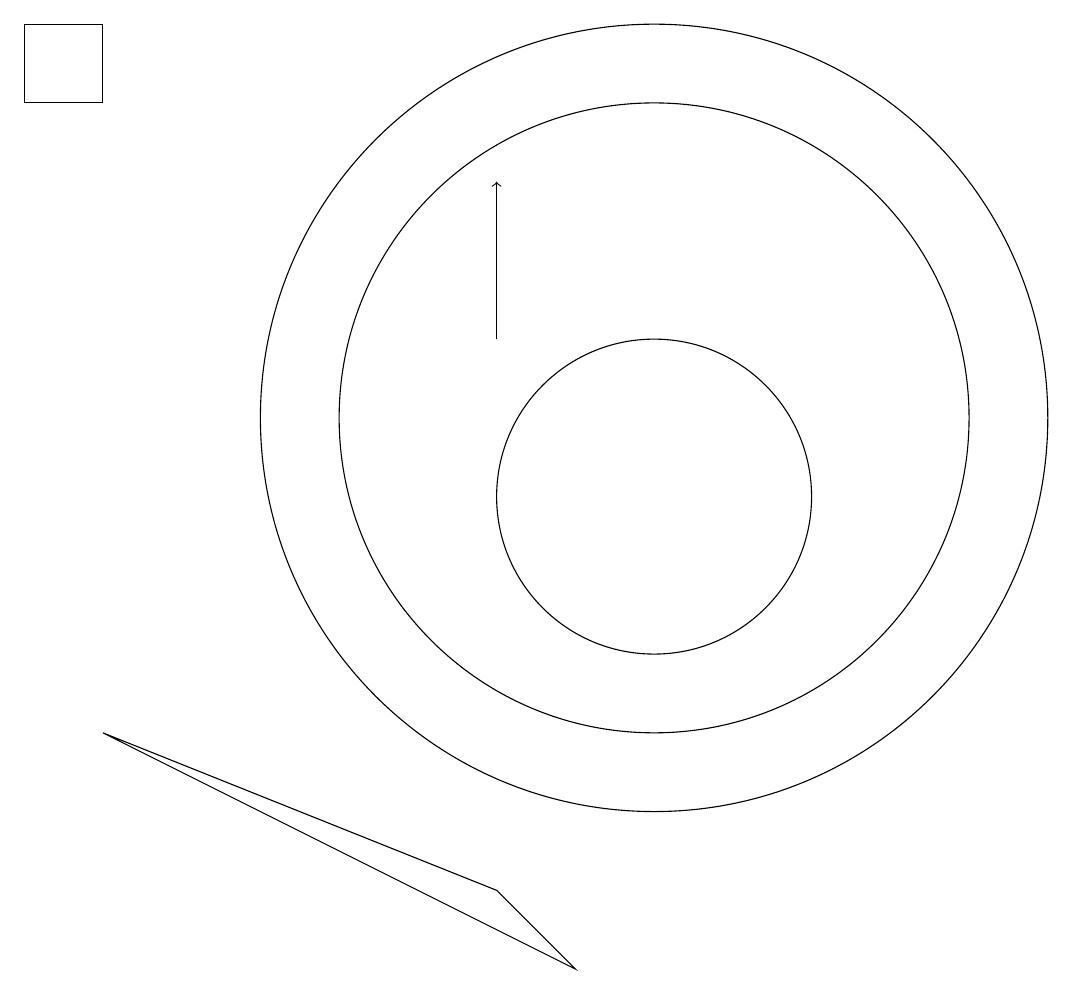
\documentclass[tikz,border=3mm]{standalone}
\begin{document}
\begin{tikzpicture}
\draw (10,10) circle (2);
\draw (2,16) rectangle (3,15);
\draw (10,11) circle (5);
\draw[->] (8,12) -- (8,14);
\draw (8,5) -- (3,7) -- (9,4) -- cycle;
\draw (10,11) circle (4);
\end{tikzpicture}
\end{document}